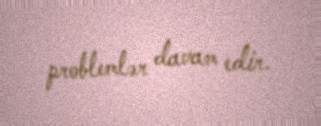
problemlər davam edir.